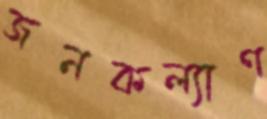
জনকল্যাণ